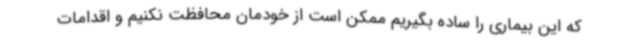
که این بیماری را ساده بگیریم ممکن است از خودمان محافظت نکنیم و اقدامات